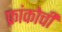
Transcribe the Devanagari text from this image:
फ्रांकोची